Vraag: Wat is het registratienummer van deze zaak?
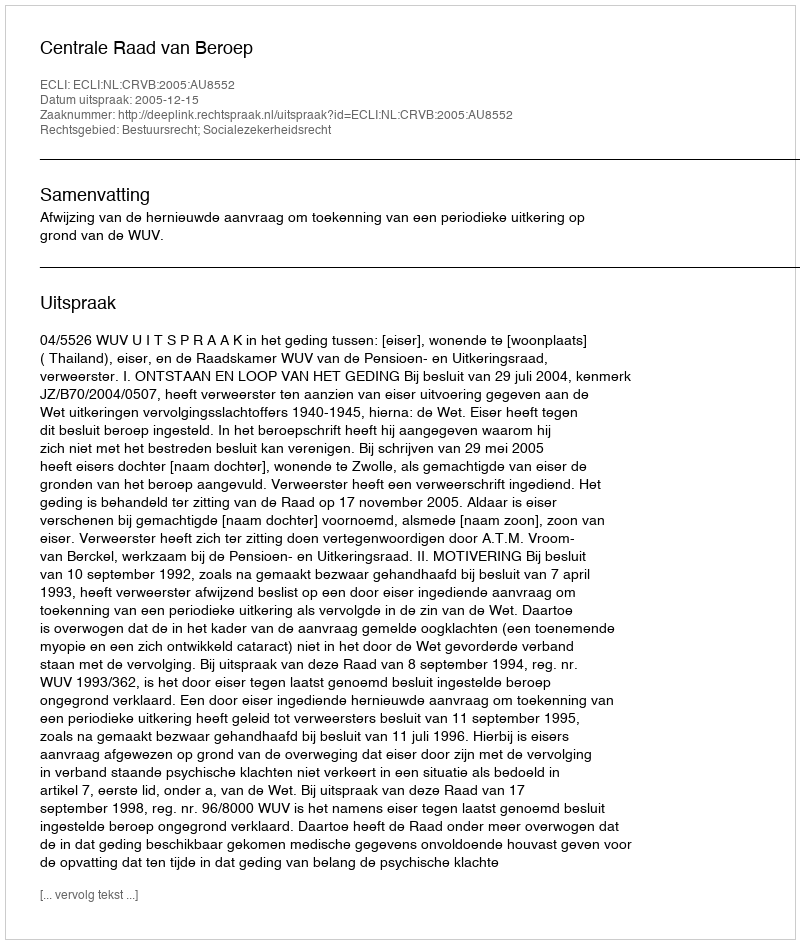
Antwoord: http://deeplink.rechtspraak.nl/uitspraak?id=ECLI:NL:CRVB:2005:AU8552